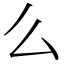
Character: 么